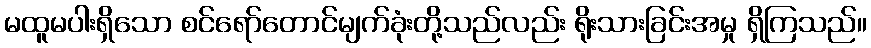
မထူမပါးရှိသော စင်ရော်တောင်မျက်ခုံးတို့သည်လည်း ရိုးသားခြင်းအမှု ရှိကြသည်။